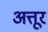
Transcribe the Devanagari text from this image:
अत्तूर